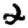
Digit: 2